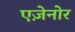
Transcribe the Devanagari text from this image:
एज़ेनोर